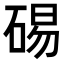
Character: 𥓘